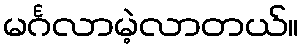
မင်္ဂလာမဲ့လာတယ်။